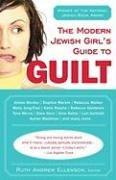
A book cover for The Modern Jewish Girl's Guide to Guilt; Religion & Spirituality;